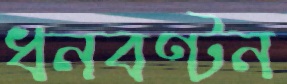
ধনবণ্টন